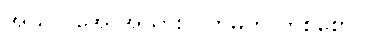
အယ်လ်အေ အသွားလက်မှတ် တစ်စောင်။